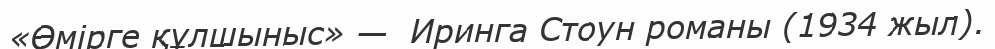
«Өмірге құлшыныс» —  Иринга Стоун романы (1934 жыл).